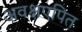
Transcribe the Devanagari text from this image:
अवक्षएपित